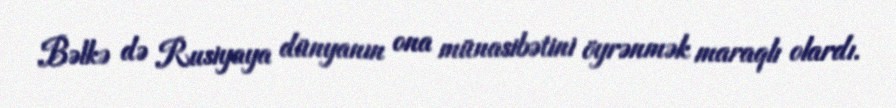
Bəlkə də Rusiyaya dünyanın ona münasibətini öyrənmək maraqlı olardı.